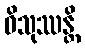
ဝိသုဿန္တိ